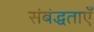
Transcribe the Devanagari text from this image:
संबंद्धताएँ